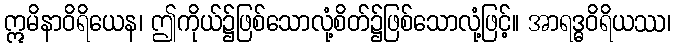
ဣမိနာဝိရိယေန၊ ဤကိုယ်၌ဖြစ်သောလုံ့စိတ်၌ဖြစ်သောလုံ့ဖြင့်။ အာရဒ္ဓဝိရိယဿ၊